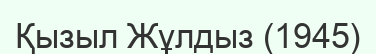
Қызыл Жұлдыз (1945)